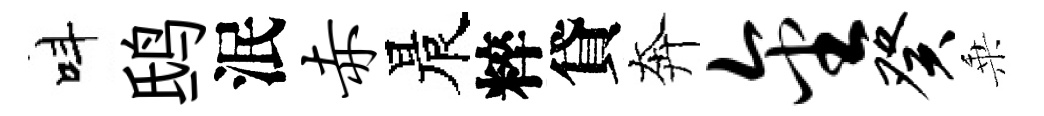
呌鸱泯赤晨粹貸奔金癸乗